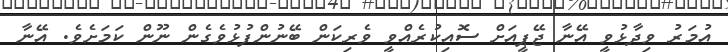
އުމަރު ވިދާޅުވީ އޭނާ ޖޭޕީއަށް ސޮއިކުރެއްވީ ވެރިކަން ބޭނުންފުޅުވެގެން ނޫން ކަމަށެވެ. އޭނާ